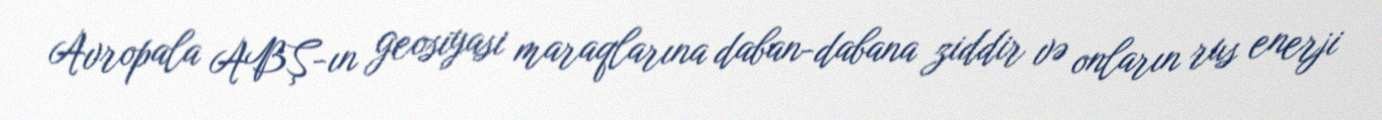
Avropala ABŞ-ın geosiyasi maraqlarına daban-dabana ziddir və onların rus enerji